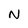
Character: N